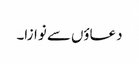
دعاؤں سے نوازا۔